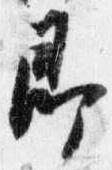
即